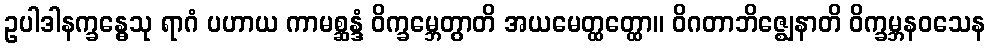
ဥပါဒါနက္ခန္ဓေသု ရာဂံ ပဟာယ ကာမစ္ဆန္ဒံ ဝိက္ခမ္ဘေတွာတိ အယမေတ္ထတ္ထော။ ဝိဂတာဘိဇ္ဈေနာတိ ဝိက္ခမ္ဘနဝသေန